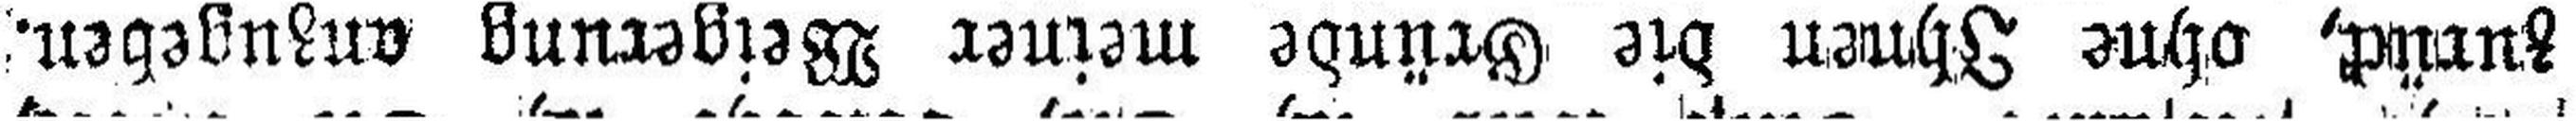
zurück, ohne Ihnen die Gründe meiner Weigerung anzugeben.